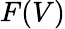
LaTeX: F(V)